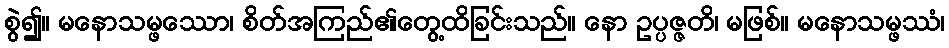
စွဲ၍။ မနောသမ္ဖဿော၊ စိတ်အကြည်၏တွေ့ထိခြင်းသည်။ နော ဥပ္ပဇ္ဇတိ၊ မဖြစ်။ မနောသမ္ဖဿံ၊